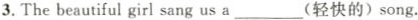
3.The beautiful girl sang us a___(轻快的)song.